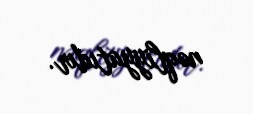
nəqliyyatıdır.